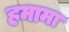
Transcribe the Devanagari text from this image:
हमामा